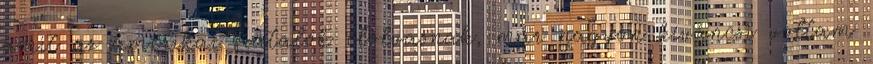
amit az amerikai fiatalok elolvasnak, már nagyon kíváncsi voltam